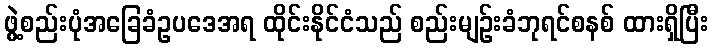
ဖွဲ့စည်းပုံအခြေခံဥပဒေအရ ထိုင်းနိုင်ငံသည် စည်းမျဉ်းခံဘုရင်စနစ် ထားရှိပြီး